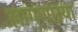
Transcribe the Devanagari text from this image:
लागणाऱया